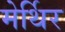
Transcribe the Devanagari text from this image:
मेर्थिर